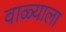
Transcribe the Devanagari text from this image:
वाळ्याला